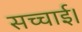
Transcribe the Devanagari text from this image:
सच्चाई।